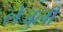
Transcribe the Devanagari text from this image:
लेजुली